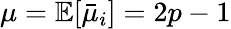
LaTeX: \mu=\mathbb{E}[\bar{\mu}_{i}]=2p-1